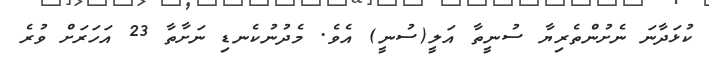
ކުޅަދާނަ ނެށުންތެރިޔާ ސުނީތާ އަލީ(ސުނީ) އެވެ. މެދުނުކެނޑި ނަށާތާ 23 އަހަރަށް ވުރެ